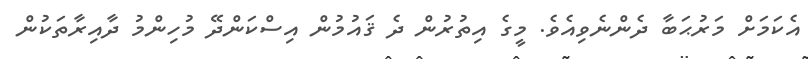
އެކަމަށް މަރުޙަބާ ދެންނެވިއެވެ. މީގެ އިތުރުން ދެ ޤައުމުން އިސްކަންދޭ މުހިންމު ދާއިރާތަކުން